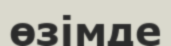
өзімде